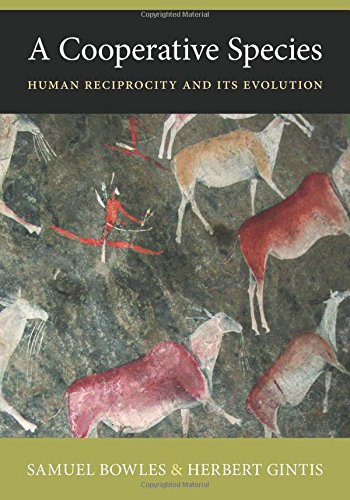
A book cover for A Cooperative Species: Human Reciprocity and Its Evolution; Samuel Bowles; Science & Math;